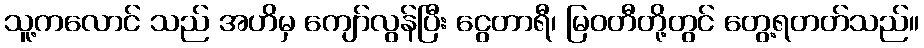
သူ့ကလောင် သည် အဟိမှ ကျော်လွန်ပြီး ငွေတာရီ၊ မြဝတီတို့တွင် တွေ့ရတတ်သည်။